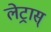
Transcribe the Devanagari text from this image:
लेट्रास्